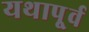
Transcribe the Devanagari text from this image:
यथापू्र्व